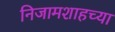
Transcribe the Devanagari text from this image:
निजामशाहच्या